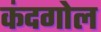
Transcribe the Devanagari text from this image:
कंदगोल